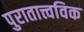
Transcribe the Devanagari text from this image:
पुरातात्त्वविक